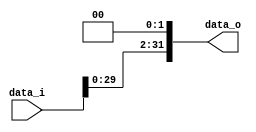
//0416221 , 0416251 
//Subject:      CO project 2 - Shift_Left_Two_32
//--------------------------------------------------------------------------------
//Version:     1
//--------------------------------------------------------------------------------
//Description: 
//--------------------------------------------------------------------------------

module Shift_Left_Two_32(
    data_i,
    data_o
    );

//I/O ports                    
input [32-1:0] data_i;
output [32-1:0] data_o;

reg [31:0] data_o;

//shift left 2

always@(*)
begin
	data_o[31:2]=data_i[29:0];
	data_o[1:0]=2'b00;
end

endmodule